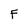
Character: F